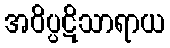
အဝိပ္ပဋိသာရာယ